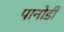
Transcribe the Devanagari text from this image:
पानोडी